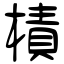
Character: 樍